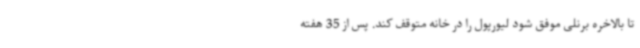
تا بالاخره برنلی موفق شود لیورپول را در خانه متوقف کند. پس از 35 هفته